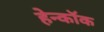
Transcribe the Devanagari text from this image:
हेन्कॉक